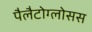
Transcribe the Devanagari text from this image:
पैलैटोग्लोसस